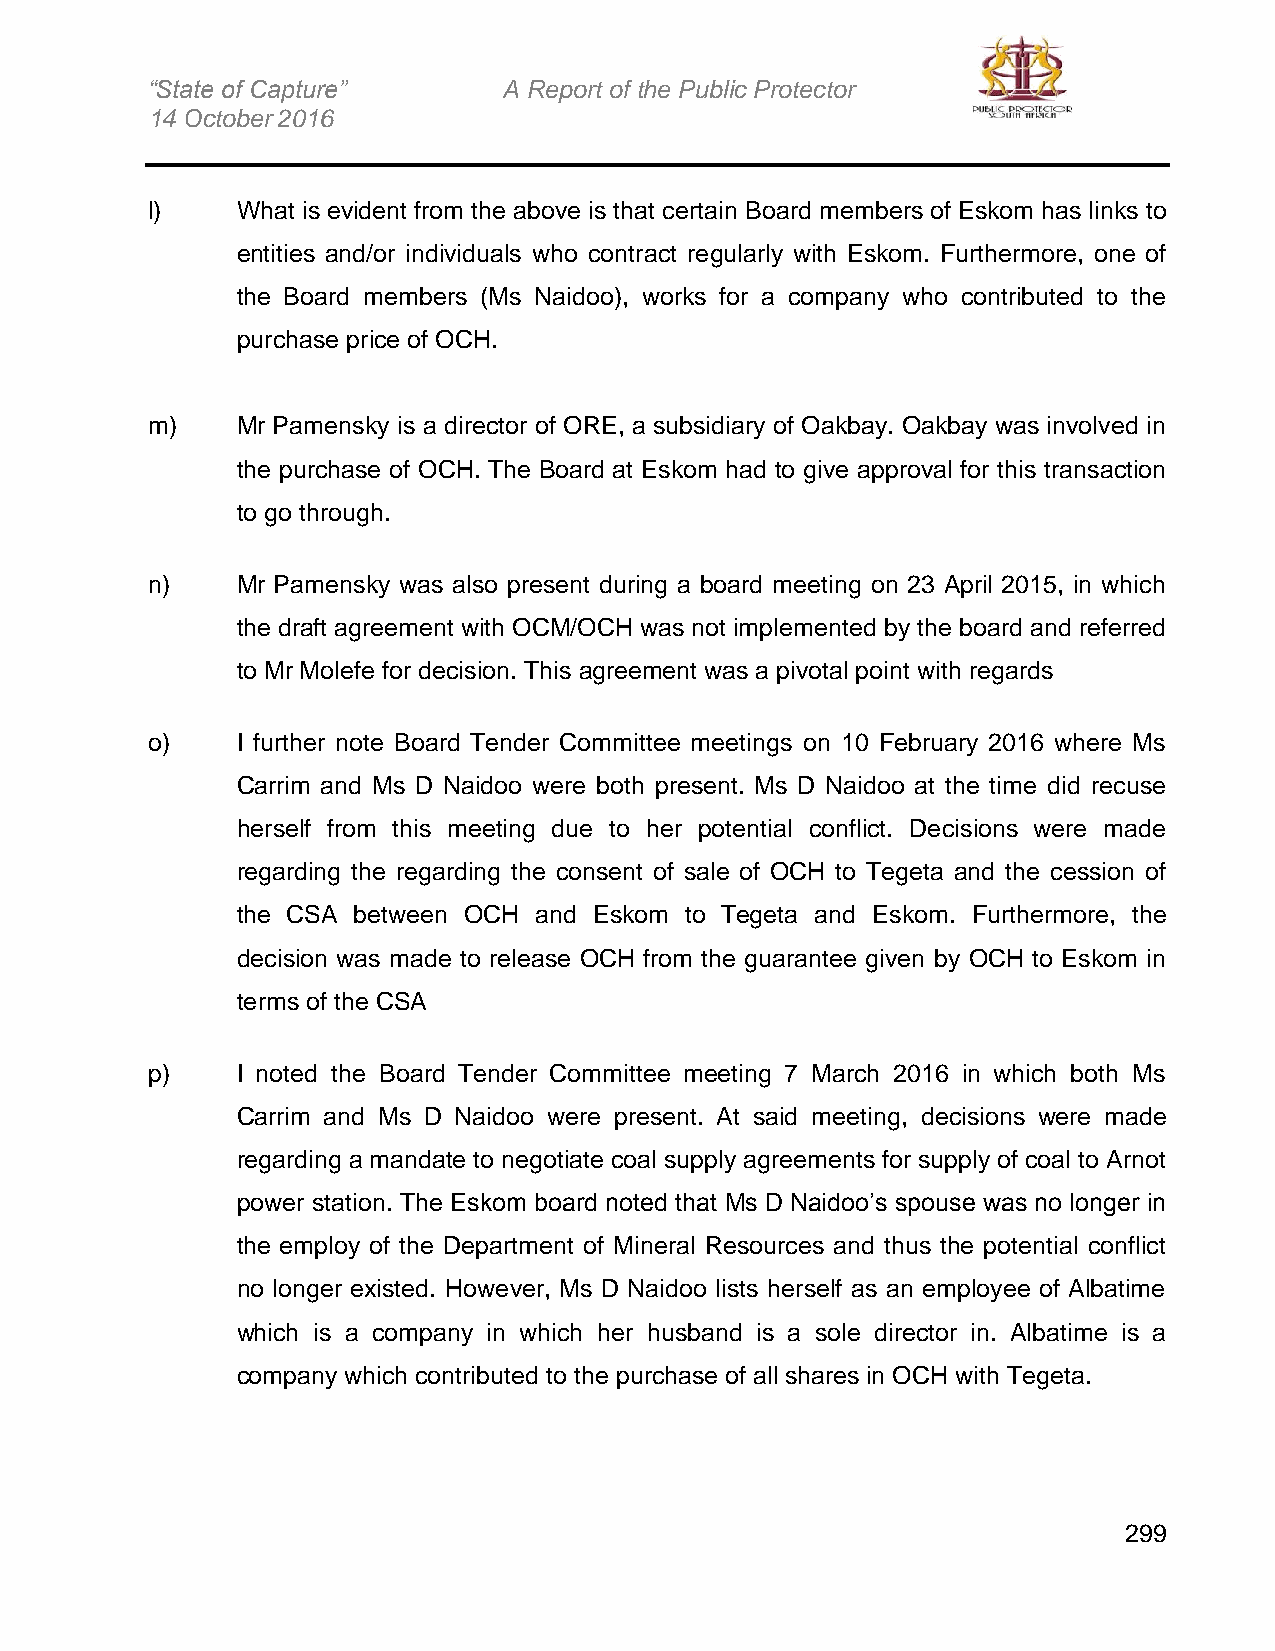
“State of Capture”     A Report of the Public Protector
 14 October 2016
 l)    What is evident from the above is that certain Board members of Eskom has links to
 entities and/or individuals who contract regularly with Eskom. Furthermore, one of
 the Board members (Ms Naidoo), works for a company who contributed to the
 purchase price of OCH.
 m)    Mr Pamensky is a director of ORE, a subsidiary of Oakbay. Oakbay was involved in
 the purchase of OCH. The Board at Eskom had to give approval for this transaction
 to go through.
 n)    Mr Pamensky was also present during a board meeting on 23 April 2015, in which
 the draft agreement with OCM/OCH was not implemented by the board and referred
 to Mr Molefe for decision. This agreement was a pivotal point with regards
 o)    I further note Board Tender Committee meetings on 10 February 2016 where Ms
 Carrim and Ms D Naidoo were both present. Ms D Naidoo at the time did recuse
 herself from this meeting due to her potential conflict. Decisions were made
 regarding the regarding the consent of sale of OCH to Tegeta and the cession of
 the CSA between OCH and Eskom to Tegeta and Eskom. Furthermore, the
 decision was made to release OCH from the guarantee given by OCH to Eskom in
 terms of the CSA
 p)    I noted the Board Tender Committee meeting 7 March 2016 in which both Ms
 Carrim and Ms D Naidoo were present. At said meeting, decisions were made
 regarding a mandate to negotiate coal supply agreements for supply of coal to Arnot
 power station. The Eskom board noted that Ms D Naidoo’s spouse was no longer in
 the employ of the Department of Mineral Resources and thus the potential conflict
 no longer existed. However, Ms D Naidoo lists herself as an employee of Albatime
 which is a company in which her husband is a sole director in. Albatime is a
 company which contributed to the purchase of all shares in OCH with Tegeta.
 299